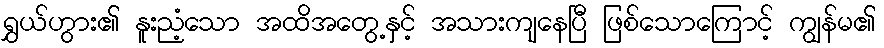
ရွှယ်ဟွား၏ နူးညံ့သော အထိအတွေ့နှင့် အသားကျနေပြီ ဖြစ်သောကြောင့် ကျွန်မ၏